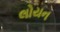
લોયન